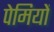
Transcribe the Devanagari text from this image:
पेमियों